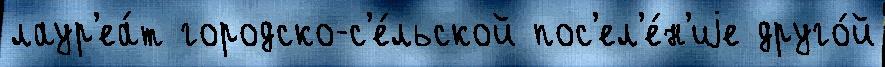
лаур'еа́т городско-с'е́льской пос'ел'е́н'иjе друго́й